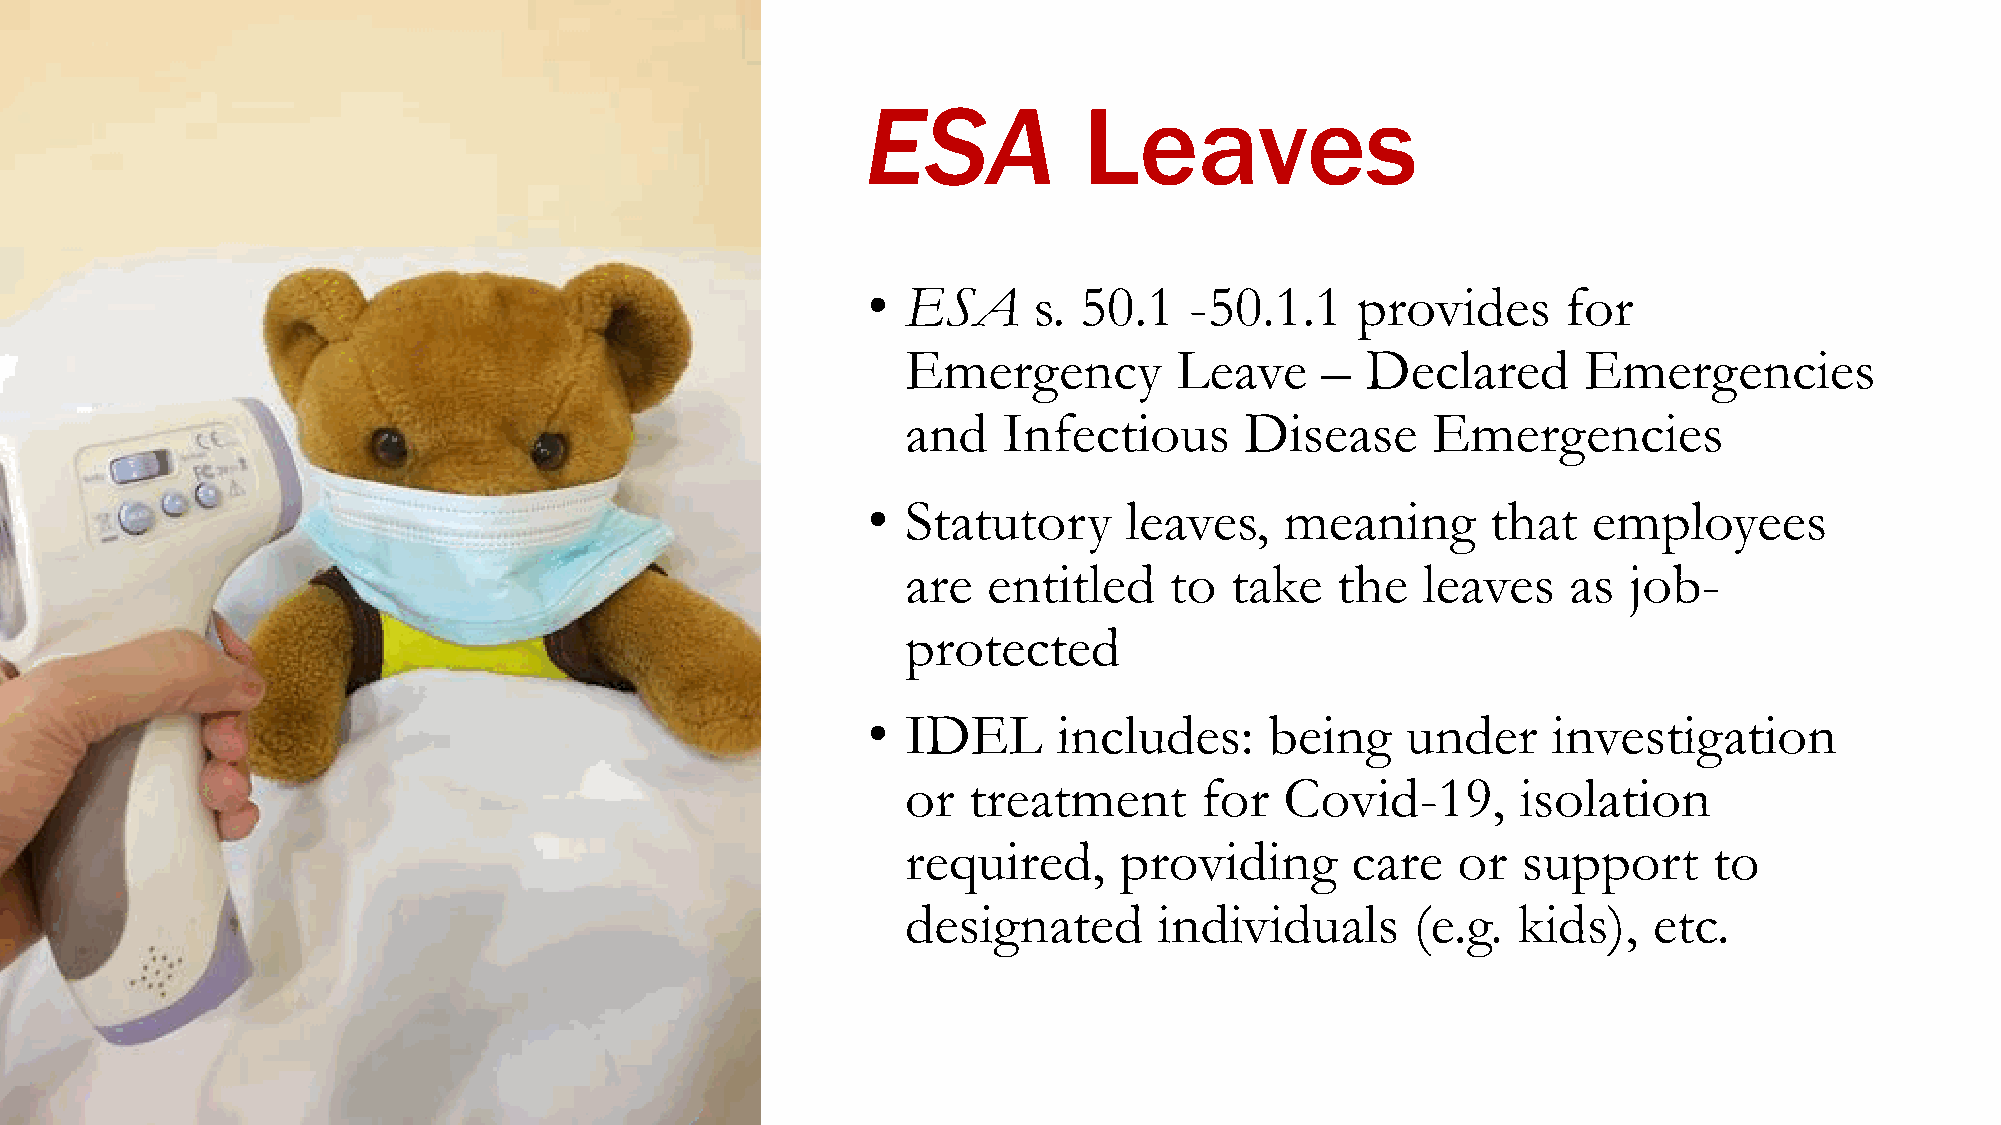
ESA            Leaves
 ESA      Leaves        - IDEL
 •  ESA     s. 50.1    -50.1.1    provides      for
 Emergency         Leave    –  Declared       Emergencies
 and   Infectious      Disease      Emergencies
 •  Statutory     leaves,    meaning       that  employees
 are  entitled    to  take   the   leaves    as  job-
 protected
 •  IDEL      includes:     being    under     investigation
 or  treatment      for   Covid-19,       isolation
 required,     providing      care   or   support     to
 designated       individuals      (e.g. kids),   etc.